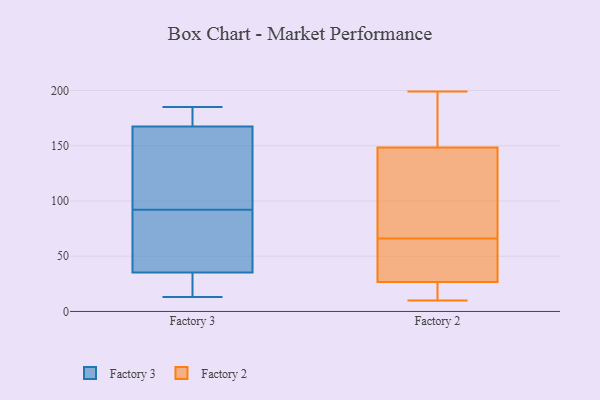
{"axis": {"x": "Satisfaction Score", "y": "Value"}, "legend": ["Factory 2", "Factory 3"], "data": [{"x": "", "y": 22, "type": "Factory 3"}, {"x": "", "y": 185, "type": "Factory 3"}, {"x": "", "y": 156, "type": "Factory 3"}, {"x": "", "y": 173, "type": "Factory 3"}, {"x": "", "y": 92, "type": "Factory 3"}, {"x": "", "y": 68, "type": "Factory 3"}, {"x": "", "y": 13, "type": "Factory 3"}, {"x": "", "y": 171, "type": "Factory 3"}, {"x": "", "y": 178, "type": "Factory 3"}, {"x": "", "y": 116, "type": "Factory 3"}, {"x": "", "y": 66, "type": "Factory 3"}, {"x": "", "y": 84, "type": "Factory 3"}, {"x": "", "y": 106, "type": "Factory 3"}, {"x": "", "y": 157, "type": "Factory 3"}, {"x": "", "y": 89, "type": "Factory 3"}, {"x": "", "y": 184, "type": "Factory 3"}, {"x": "", "y": 25, "type": "Factory 3"}, {"x": "", "y": 22, "type": "Factory 3"}, {"x": "", "y": 15, "type": "Factory 3"}, {"x": "", "y": 29, "type": "Factory 2"}, {"x": "", "y": 14, "type": "Factory 2"}, {"x": "", "y": 41, "type": "Factory 2"}, {"x": "", "y": 169, "type": "Factory 2"}, {"x": "", "y": 69, "type": "Factory 2"}, {"x": "", "y": 199, "type": "Factory 2"}, {"x": "", "y": 26, "type": "Factory 2"}, {"x": "", "y": 177, "type": "Factory 2"}, {"x": "", "y": 10, "type": "Factory 2"}, {"x": "", "y": 153, "type": "Factory 2"}, {"x": "", "y": 104, "type": "Factory 2"}, {"x": "", "y": 38, "type": "Factory 2"}, {"x": "", "y": 29, "type": "Factory 2"}, {"x": "", "y": 22, "type": "Factory 2"}, {"x": "", "y": 66, "type": "Factory 2"}, {"x": "", "y": 106, "type": "Factory 2"}, {"x": "", "y": 155, "type": "Factory 2"}, {"x": "", "y": 21, "type": "Factory 2"}, {"x": "", "y": 135, "type": "Factory 2"}]}